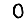
Digit: 0